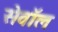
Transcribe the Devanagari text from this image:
सेवॉल